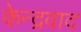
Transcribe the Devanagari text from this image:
केन्द्रवाद